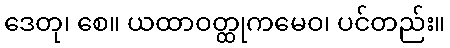
ဒေတု၊ စေ။ ယထာဝတ္ထုကမေဝ၊ ပင်တည်း။